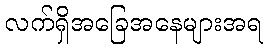
လက်ရှိအခြေအနေများအရ